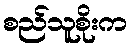
စည်သူစိုးက